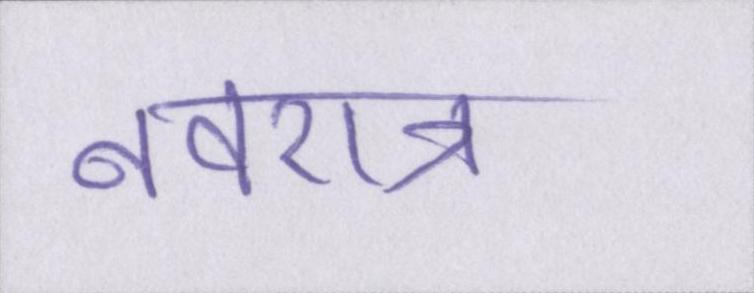
नवरात्र